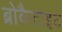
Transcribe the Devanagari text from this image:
ब्रोकैटाइट